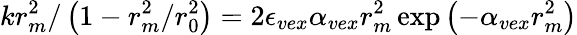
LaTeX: kr_{m}^{2}/\left(1-r_{m}^{2}/r_{0}^{2}\right)=2\epsilon_{vex}\alpha_{vex}r_{m}^{2}\exp\left(-\alpha_{vex}r_{m}^{2}\right)